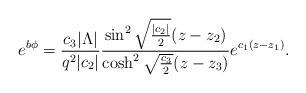
LaTeX: \begin{align*}e^{b\phi}={c_3|\Lambda|\over q^2|c_2|}{\sin^2\sqrt{{|c_2|\over2}}(z-z_2)\over\cosh^2\sqrt{c_3\over 2}(z-z_3)}e^{c_1(z-z_1)}.\end{align*}